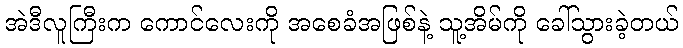
အဲဒီလူကြီးက ကောင်လေးကို အစေခံအဖြစ်နဲ့ သူ့အိမ်ကို ခေါ်သွားခဲ့တယ်